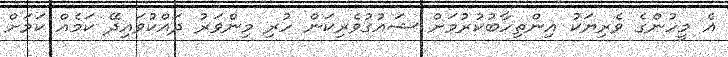
އެ މީހުންގެ ވެރިޔަކު އިންތިހާބުކުރުމަށް ޝައުގުވެރިކަން ހުރި މިންވަރު ދައްކުވައިދޭ ކަމެއް ކަމަށް